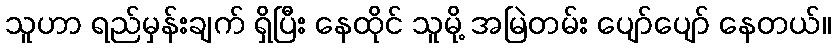
သူဟာ ရည်မှန်းချက် ရှိပြီး နေထိုင် သူမို့ အမြဲတမ်း ပျော်ပျော် နေတယ်။